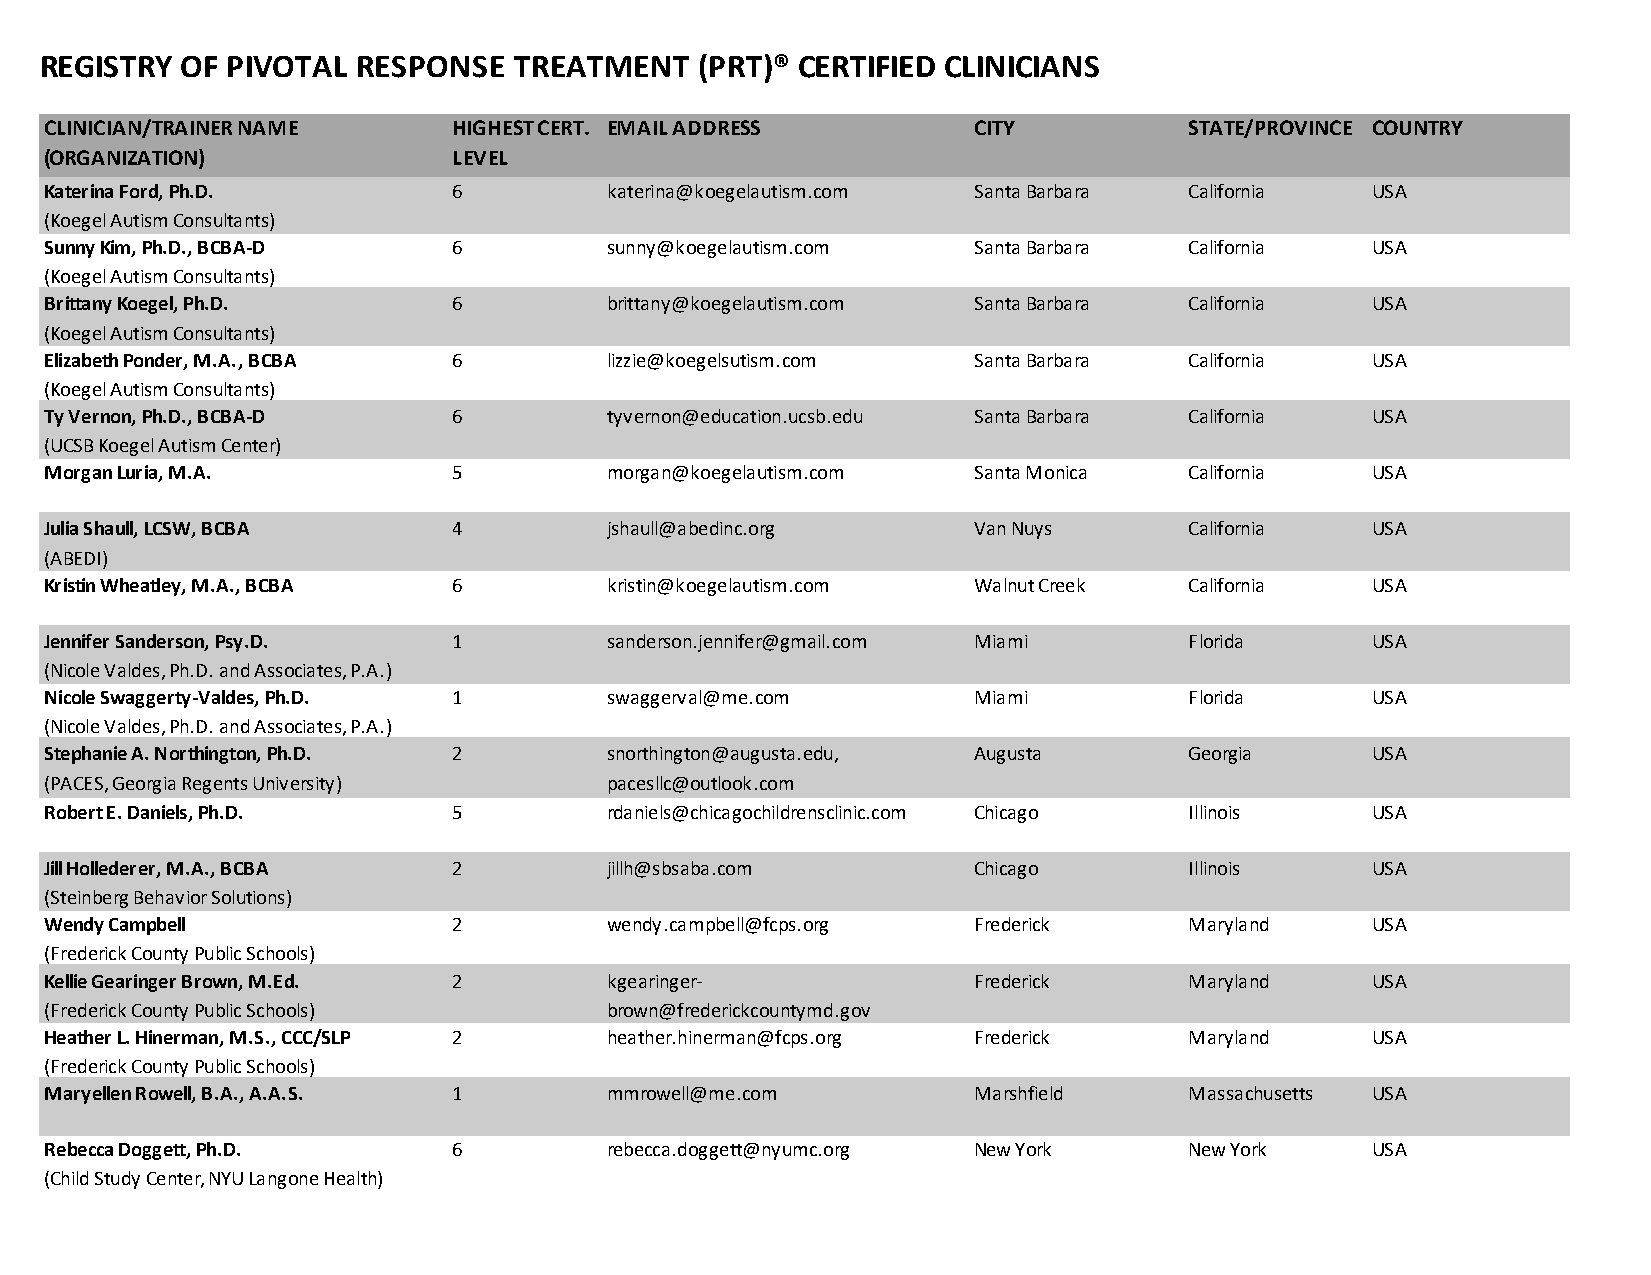
REGISTRY OF PIVOTAL  RESPONSE  TREATMENT   (PRT)® CERTIFIED CLINICIANS
 CLINICIAN/TRAINER NAME     HIGHEST CERT. EMAIL ADDRESS       CITY           STATE/PROVINCE COUNTRY
 (ORGANIZATION)             LEVEL
 Katerina Ford, Ph.D.       6         katerina@koegelautism.com Santa Barbara California USA
 (Koegel Autism Consultants)
 Sunny Kim, Ph.D., BCBA-D   6         sunny@koegelautism.com  Santa Barbara  California  USA
 (Koegel Autism Consultants)
 Brittany Koegel, Ph.D.     6         brittany@koegelautism.com Santa Barbara California USA
 (Koegel Autism Consultants)
 Elizabeth Ponder, M.A., BCBA 6       lizzie@koegelsutism.com Santa Barbara  California  USA
 (Koegel Autism Consultants)
 Ty Vernon, Ph.D., BCBA-D   6         tyvernon@education.ucsb.edu Santa Barbara California USA
 (UCSB Koegel Autism Center)
 Morgan Luria, M.A.         5         morgan@koegelautism.com Santa Monica   California  USA
 Julia Shaull, LCSW, BCBA   4         jshaull@abedinc.org     Van Nuys       California  USA
 (ABEDI)
 Kristin Wheatley, M.A., BCBA 6       kristin@koegelautism.com Walnut Creek  California  USA
 Jennifer Sanderson, Psy.D. 1         sanderson.jennifer@gmail.com Miami     Florida     USA
 (Nicole Valdes, Ph.D. and Associates, P.A.)
 Nicole Swaggerty-Valdes, Ph.D. 1     swaggerval@me.com       Miami          Florida     USA
 (Nicole Valdes, Ph.D. and Associates, P.A.)
 Stephanie A. Northington, Ph.D. 2    snorthington@augusta.edu, Augusta      Georgia     USA
 (PACES, Georgia Regents University)  pacesllc@outlook.com
 Robert E. Daniels, Ph.D.   5         rdaniels@chicagochildrensclinic.com Chicago Illinois USA
 Jill Hollederer, M.A., BCBA 2        jillh@sbsaba.com        Chicago        Illinois    USA
 (Steinberg Behavior Solutions)
 Wendy Campbell             2         wendy.campbell@fcps.org Frederick      Maryland    USA
 (Frederick County Public Schools)
 Kellie Gearinger Brown, M.Ed. 2      kgearinger-             Frederick      Maryland    USA
 (Frederick County Public Schools)    brown@frederickcountymd.gov
 Heather L. Hinerman, M.S., CCC/SLP 2 heather.hinerman@fcps.org Frederick    Maryland    USA
 (Frederick County Public Schools)
 Maryellen Rowell, B.A., A.A.S. 1     mmrowell@me.com         Marshfield     Massachusetts USA
 Rebecca Doggett, Ph.D.     6         rebecca.doggett@nyumc.org New York     New York    USA
 (Child Study Center, NYU Langone Health)